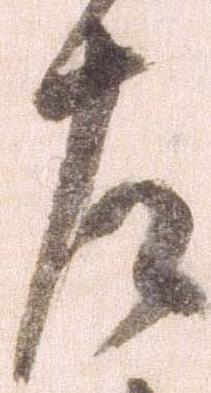
左